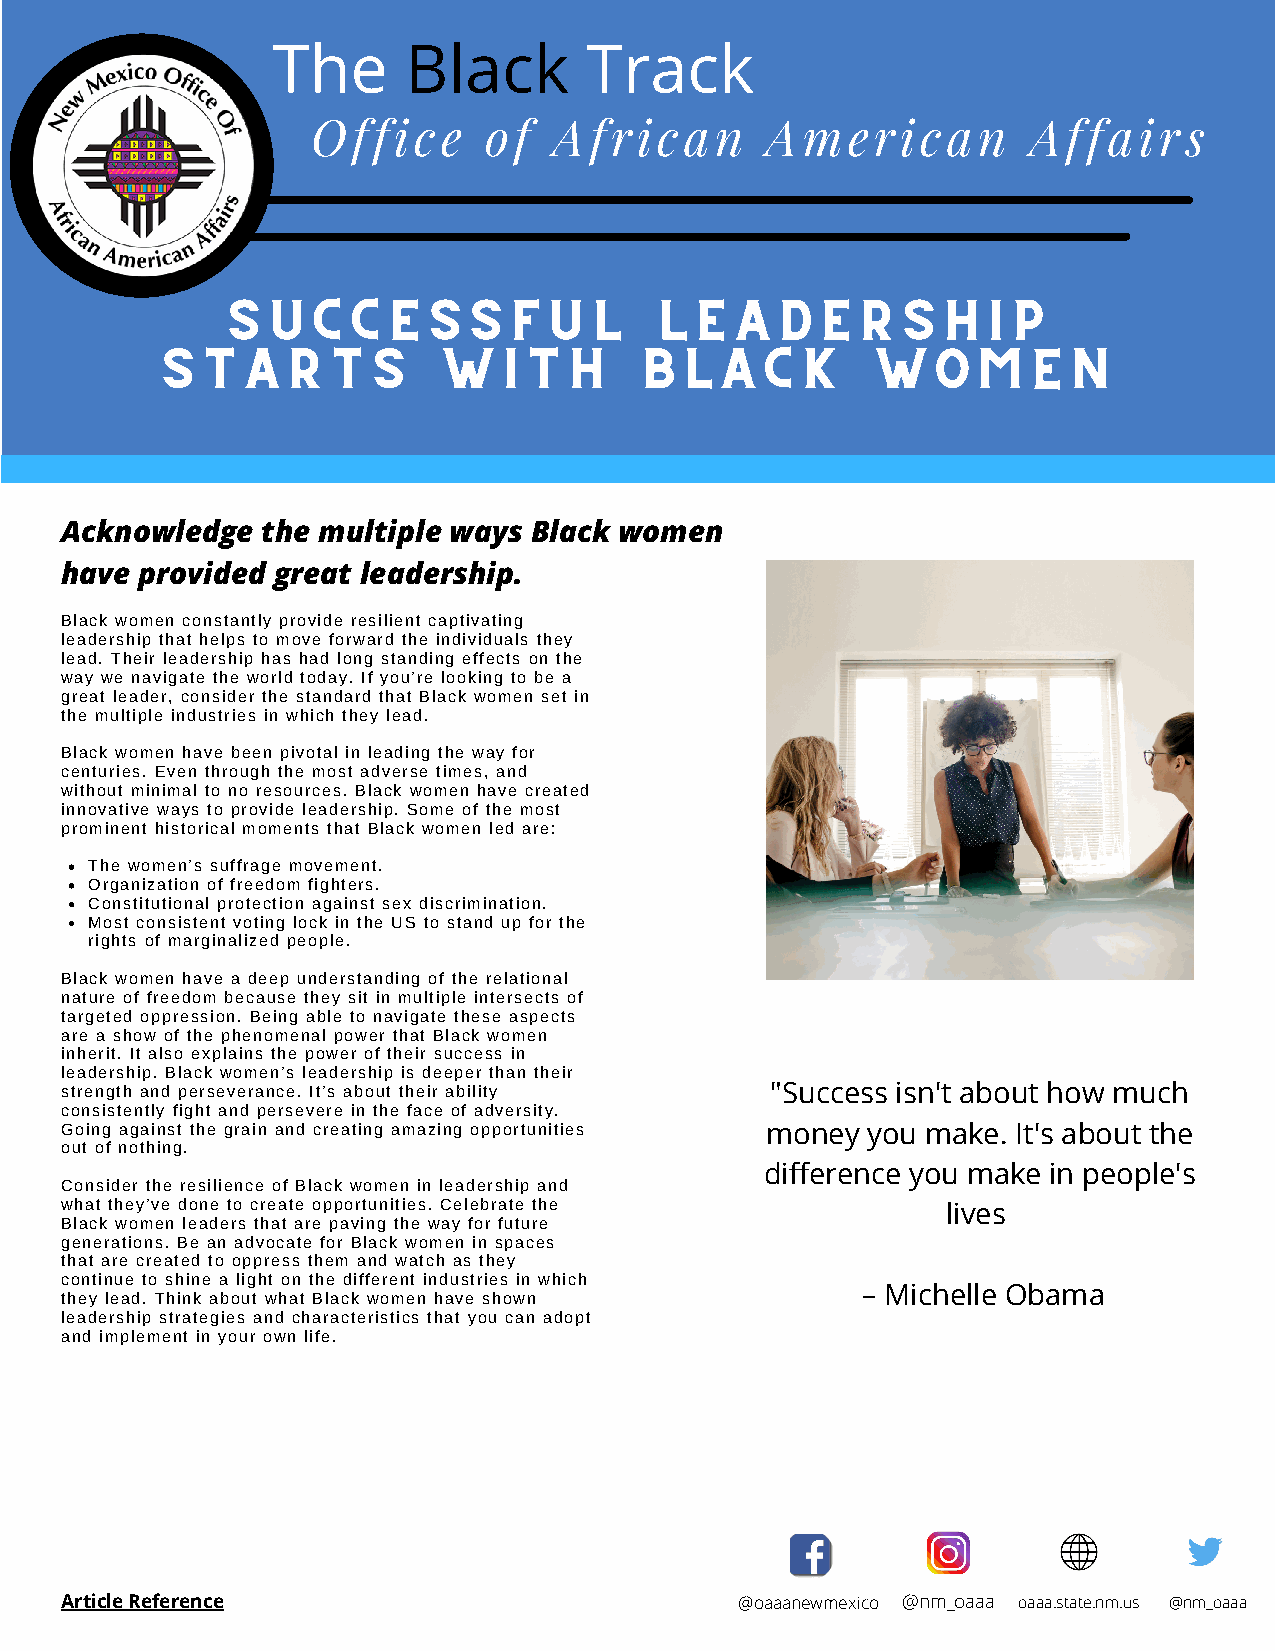
The      Black       Track
 Office     of   African       American         Affairs
 SUCCESSFUL                  LEADERSHIP
 STARTS            WITH         BLACK           WOMEN
 BY ANNE    MARIE   CARTERS
 Acknowledge  the multiple ways Black women
 have provided great leadership.
 Black women constantly provide resilient captivating
 leadership that helps to move forward the individuals they
 lead. Their leadership has had long standing effects on the
 way we navigate the world today. If you’re looking to be a
 great leader, consider the standard that Black women set in
 the multiple industries in which they lead.
 Black women have been pivotal in leading the way for
 centuries. Even through the most adverse times, and
 without minimal to no resources. Black women have created
 innovative ways to provide leadership. Some of the most
 prominent historical moments that Black women led are:
 The women’s suffrage movement.
 Organization of freedom fighters.
 Constitutional protection against sex discrimination.
 Most consistent voting lock in the US to stand up for the
 rights of marginalized people.
 Black women have a deep understanding of the relational
 nature of freedom because they sit in multiple intersects of
 targeted oppression. Being able to navigate these aspects
 are a show of the phenomenal power that Black women
 inherit. It also explains the power of their success in
 leadership. Black women’s leadership is deeper than their
 strength and perseverance. It’s about their ability "Success isn't about how much
 consistently fight and persevere in the face of adversity.
 Going against the grain and creating amazing opportunities money you make. It's about the
 out of nothing.
 difference you make in people's
 Consider the resilience of Black women in leadership and
 what they’ve done to create opportunities. Celebrate the
 lives
 Black women leaders that are paving the way for future
 generations. Be an advocate for Black women in spaces
 that are created to oppress them and watch as they
 continue to shine a light on the different industries in which
 – Michelle Obama
 they lead. Think about what Black women have shown
 leadership strategies and characteristics that you can adopt
 and implement in your own life.
 Article Reference                            @oaaanewmexico @nm_oaaa oaaa.state.nm.us @nm_oaaa